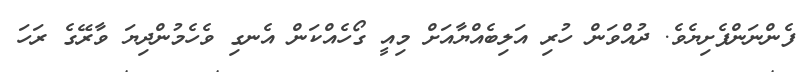
ފެންނަންފެށިޔެވެ. ދުއްވަން ހުރި އަލިބެއްޔާއަށް މިއީ ގޯހެއްކަން އެނގި ވެހެމުންދިޔަ ވާރޭގެ ރަހަ